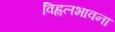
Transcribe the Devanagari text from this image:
विह्वलभावना